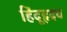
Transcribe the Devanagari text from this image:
हिंदूहृदय